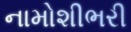
નામોશીભરી